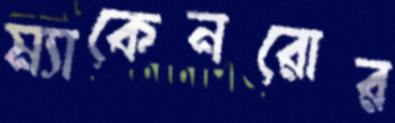
ম্যাকেনরোর